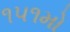
૧૫૧મો